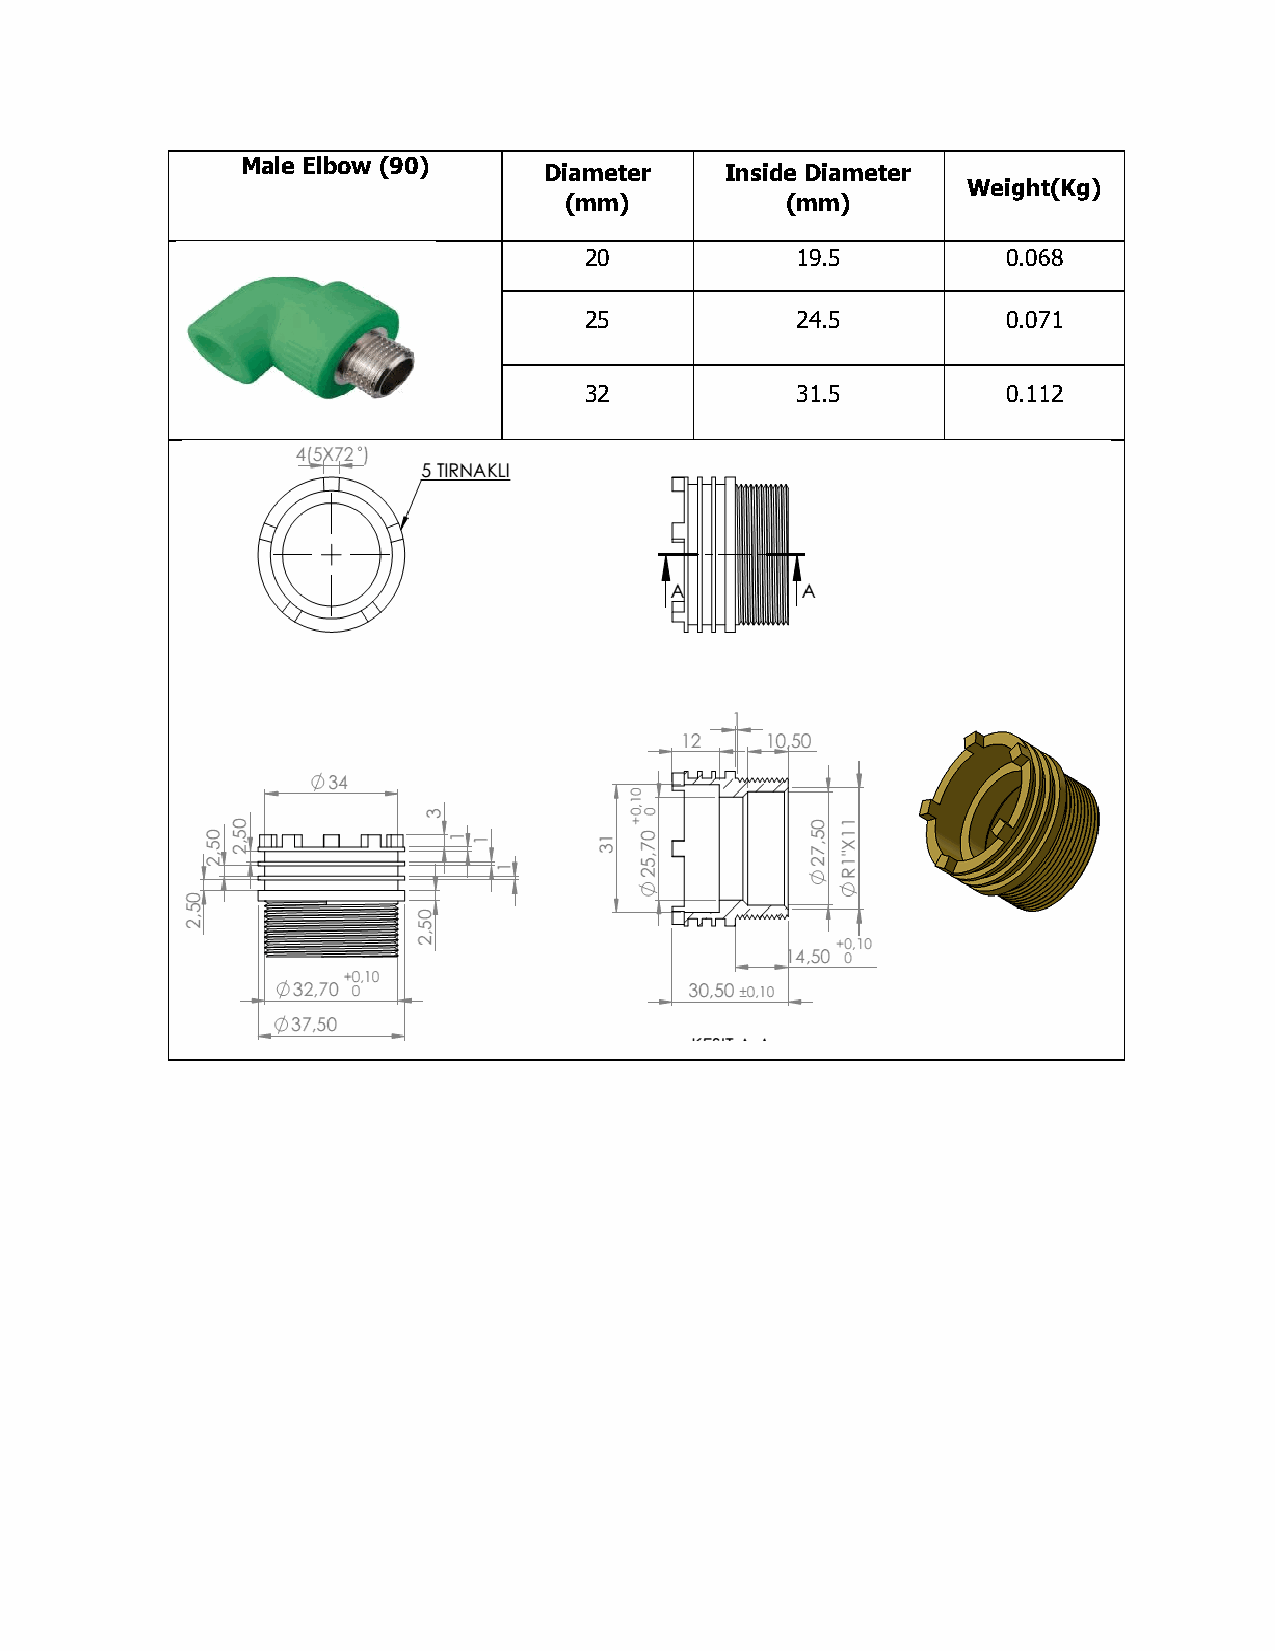
Male Elbow (90)
 Diameter    Inside Diameter
 Weight(Kg)
 (mm)           (mm)
 20            19.5          0.068
 25            24.5          0.071
 32            31.5          0.112